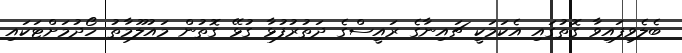
ބެލެވިފައިވާ ގޮތުގައި އެކަމަކީ ޗައިނާގެ ރައީސްގެ ދަތުރުފުޅާ ގުޅޭ ގޮތުން މައުލޫމާތު ހޯދުމަށްޓަކައި